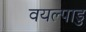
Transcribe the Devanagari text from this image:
वयल्पाडु